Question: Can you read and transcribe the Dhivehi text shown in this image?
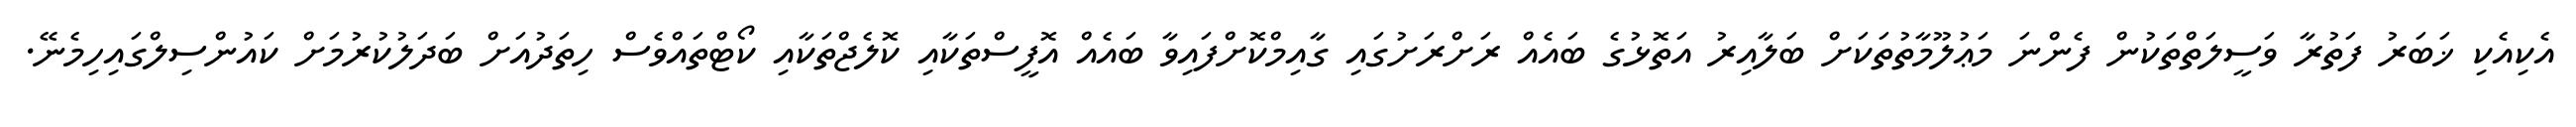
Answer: އެކިއެކި ޚަބަރު ފަތުރާ ވަސީލަތްތަކުން ފެންނަ މަޢުލޫމާތުތަކަށް ބަލާއިރު އަތޮޅުގެ ބައެއް ރަށްރަށުގައި ގާއިމްކޮށްފައިވާ ބައެއް އޮފީސްތަކާއި ކޮލެޖްތަކާއި ކޯޓްތައްވެސް ހިތަދުއަށް ބަދަލުކުރުމަށް ކައުންސިލްގައިހިމެނޭ.